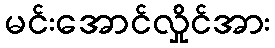
မင်းအောင်လှိုင်အား